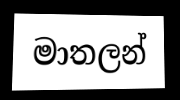
මාතලන්